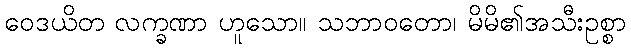
ဝေဒယိတ လက္ခဏာ ဟူသော။ သဘာဝတော၊ မိမိ၏အသီးဥစ္စာ